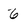
Character: 6